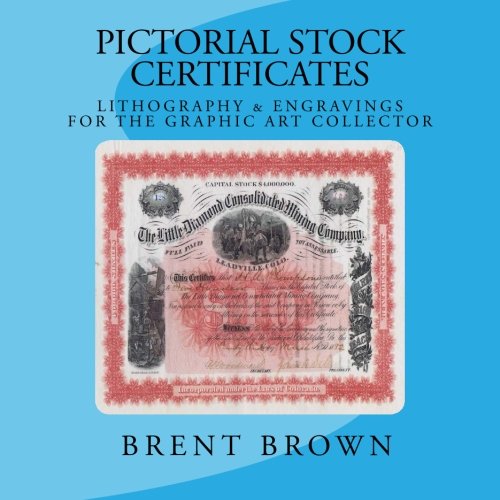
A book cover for Pictorial Stock Certificates: Lithography & Engravings For The Graphic Art Collector; Brent Brown; Crafts, Hobbies & Home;